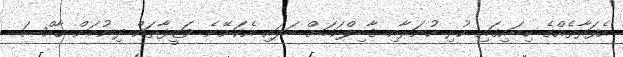
އެފަރާތެއްގެ ކިބައިގައި ހުރި ހުނަރާއި ޤާބިލްކަމަށް ބަލައި އެކަށޭނެ ވަޒީފާތައް ދިނުމަށް ޙާއްޞަ